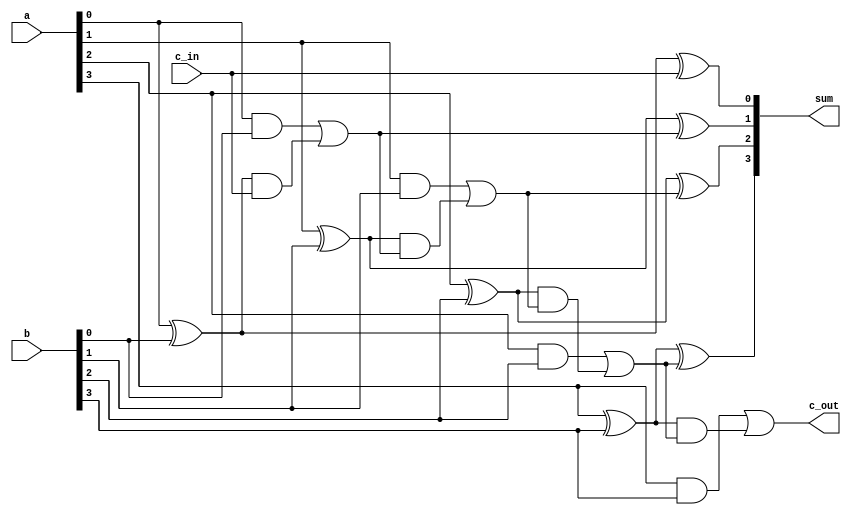
`timescale 1ns / 1ps
//////////////////////////////////////////////////////////////////////////////////
// Company: 
// Engineer: 
// 
// Design Name: 
// Module Name: Carry_L_A
// Project Name: 
// Target Devices: 
// Tool Versions: 
// Description: 
// 
// Dependencies: 
// 
// Revision:
// Revision 0.01 - File Created
// Additional Comments:
// 
//////////////////////////////////////////////////////////////////////////////////


module Carry_L_A(sum,c_out,a,b,c_in);
input [3:0] a,b;
input c_in;
output [3:0] sum;
output c_out;

//// wires
//wires g0, p0, g1, p1, g2, p2;
//wires c1, c2, c3;


// logic Description
assign g0 = a[0] & b[0];
assign p0 = a[0] ^ b[0];
assign c1 = g0 | (p0 & c_in);

assign g1 = a[1] & b[1];
assign p1 = a[1] ^ b[1];
assign c2 = g1 | (p1 & c1);

assign g2 = a[2] & b[2];
assign p2 = a[2] ^ b[2];
assign c3 = g2 | (p2 & c2);

assign g3 = a[3] & b[3];
assign p3 = a[3] ^ b[3];
assign c_out = g3 | (p3 & c3);

assign sum[0] = a[0] ^ b[0] ^ c_in;
assign sum[1] = a[1] ^ b[1] ^ c1;
assign sum[2] = a[2] ^ b[2] ^ c2;
assign sum[3] = a[3] ^ b[3] ^ c3;






endmodule